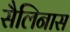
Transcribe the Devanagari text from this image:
सैलिनास